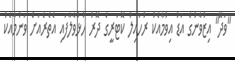
"ވަދޭ" އިޒުވާނުގެ އަޑު އިވުމާއެކު ރުހައިލު ކޮޓަރީގެ ދޮރު ހުޅުވާލާފައި އެތެރެއަށް ވަނުމާއެކު